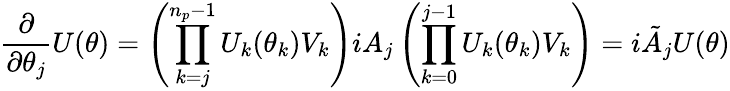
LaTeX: \frac{\partial}{\partial\theta_{j}}U(\theta)=\left(\prod_{k=j}^{n_{p}-1}U_{k}(\theta_{k})V_{k}\right)iA_{j}\left(\prod_{k=0}^{j-1}U_{k}(\theta_{k})V_{k}\right)=i\tilde{A}_{j}U(\theta)